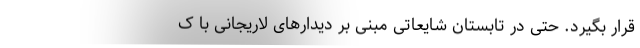
قرار بگیرد. حتی در تابستان شایعاتی مبنی بر دیدارهای لاریجانی با ک